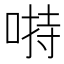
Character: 𱓙